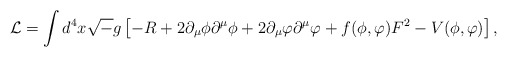
\begin{align*}{\cal L} = \int d^4 x {\sqrt -g} \left[ -R + 2 \partial_{\mu}\phi \partial ^{\mu}\phi + 2 \partial_{\mu}\varphi \partial^{\mu}\varphi + f( \phi , \varphi ) F^2 - V( \phi , \varphi ) \right] ,\end{align*}